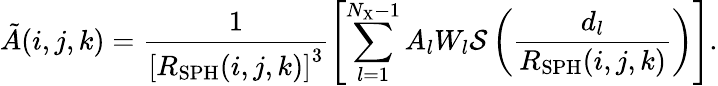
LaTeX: \tilde{A}(i,j,k)=\frac{1}{\left[R_{\mathrm{SPH}}(i,j,k)\right]^{3}}\left[\sum_{l=1}^{N_{\mathrm{X}}-1}A_{l}W_{l}\mathcal{S}\left(\frac{d_{l}}{R_{\mathrm{SPH}}(i,j,k)}\right)\right].